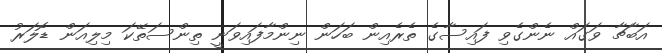
އަބާޗާ ވަގައް ނެންގެވި ފައިސާގެ ތެރެއިން ބަހަން ނިންމާފައިވަނީ ތިންސަތޭކަ މިލިއަން ޑޮލަރު